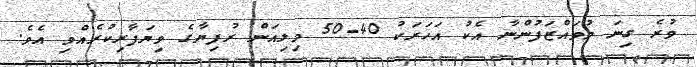
ވުރެ ގިނަ މުވައްޒަފުންނާ އެކު އަހަރަކު 40-50 މިލިއަން ރުފިޔާގެ ވިޔަފާރިކުރެއްވި އެވެ.